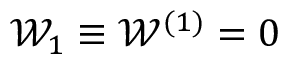
\mathcal { W } _ { 1 } \equiv \mathcal { W } ^ { ( 1 ) } = 0